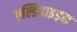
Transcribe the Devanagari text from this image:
एल्डिहाइड्स